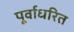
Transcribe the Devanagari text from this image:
पूर्वाधरित